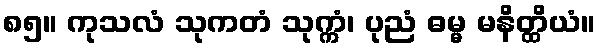
၈၅။ ကုသလံ သုကတံ သုက္ကံ၊ ပုညံ ဓမ္မ မနိတ္ထိယံ။